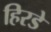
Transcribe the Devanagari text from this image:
हिरडे